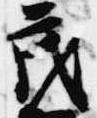
茂